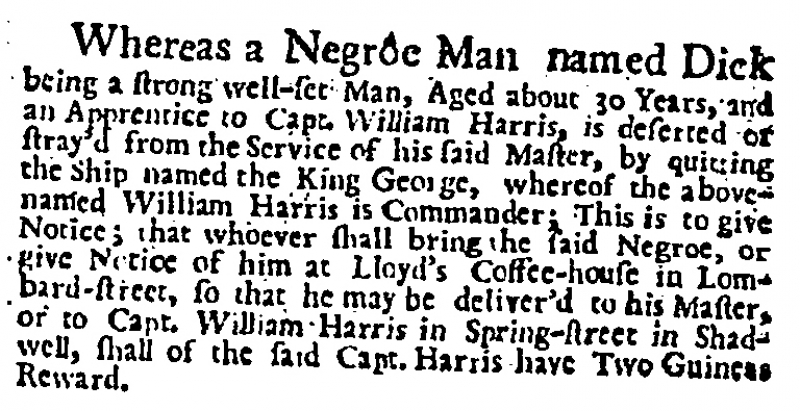
Daily Post, 8 December 1727 (England)
Whereas a Negroe Man named Dick being a strong well-set Man, Aged about 30 Years, and an Apprentice to Capt. William Harris, is deserted or stray’d from the Service of his said Master, by quitting the Ship named the King George, whereof the above-named William Harris is Commander; This is to give Notice; that whoever shall bring the said Negroe, or give Notice of him at Lloyd’s Coffee-house in Lombard-street, so that he may be deliver’d to his Master, or to Capt. William Harris in Spring-street in Shadwell, shall of the said Capt. Harris have Two Guineas Reward.